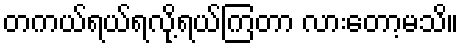
တကယ်ရယ်ရလို့ရယ်ကြတာ လားတော့မသိ။